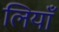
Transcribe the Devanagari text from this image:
लियाँ